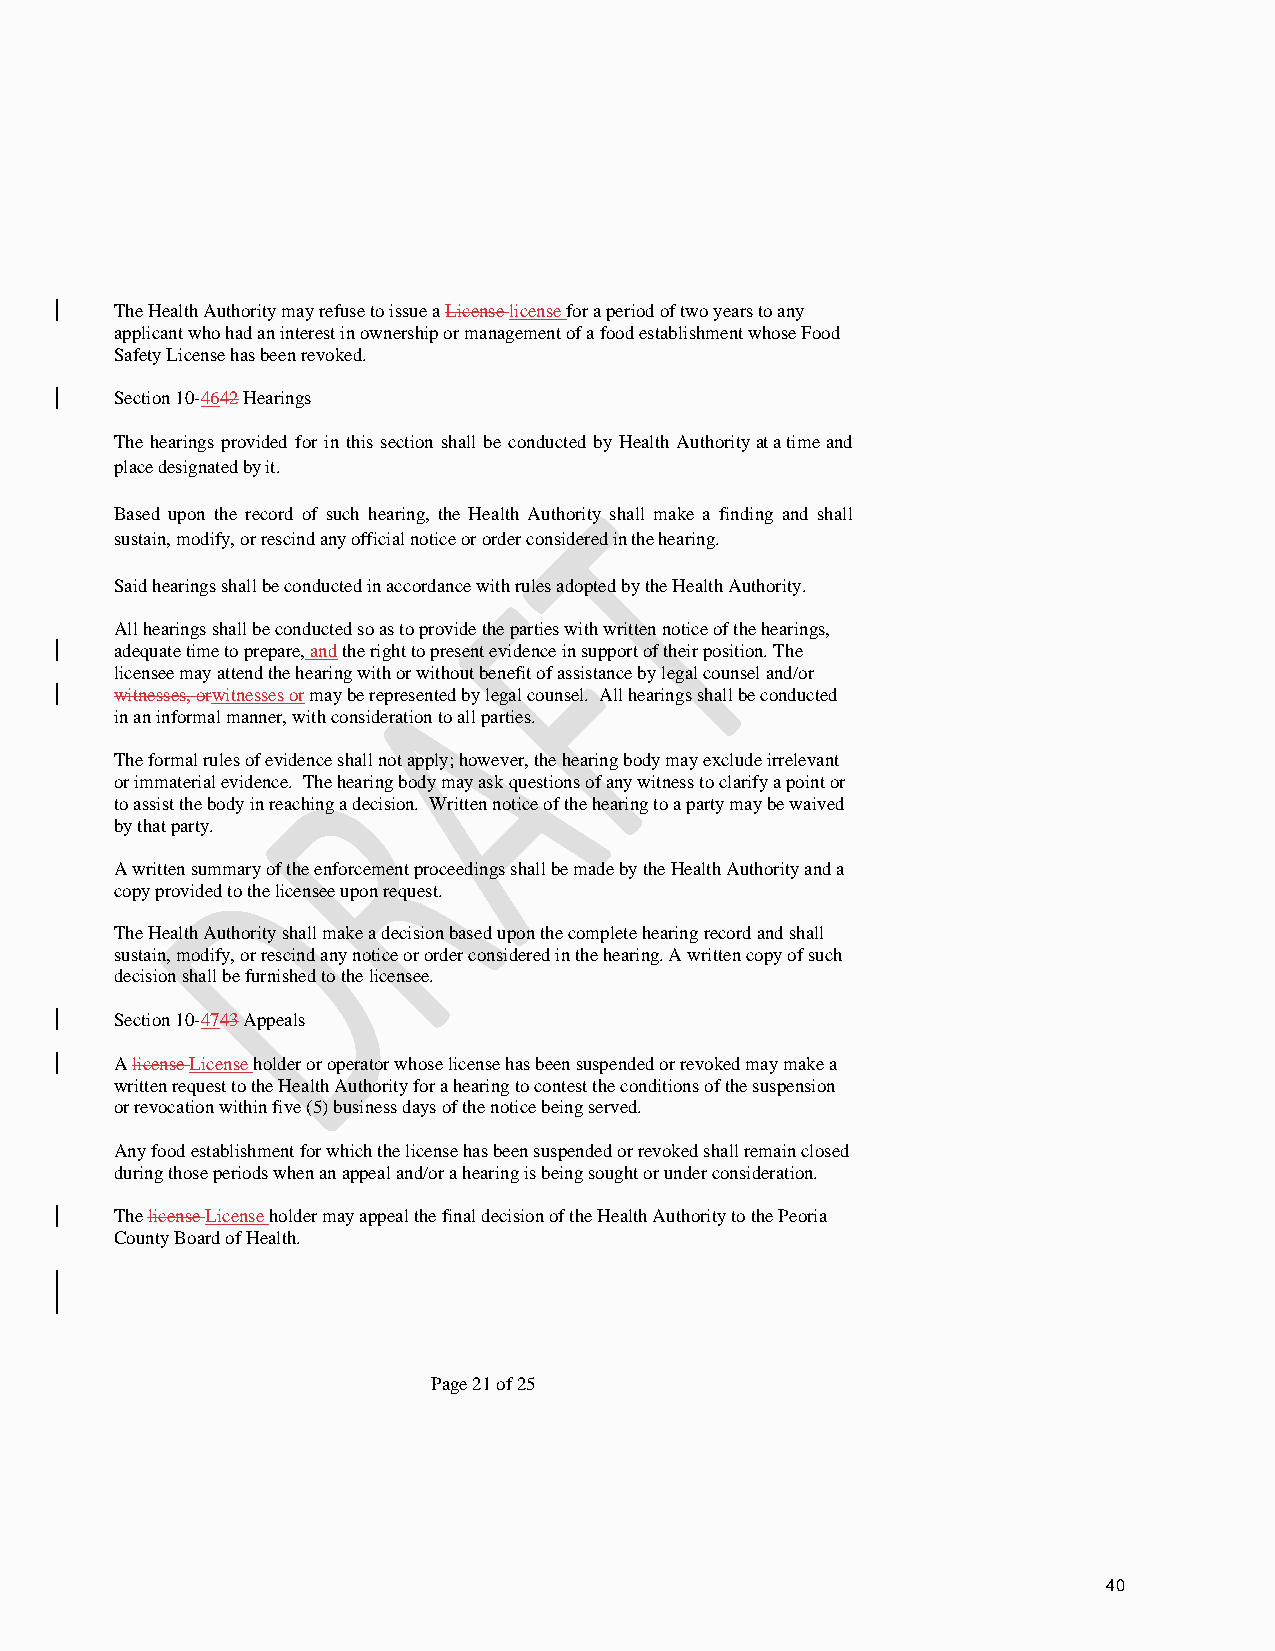
The Health Authority may refuse to issue a License license for a period of two years to any
 applicant who had an interest in ownership or management of a food establishment whose Food
 Safety License has been revoked.
 Section 10-4642 Hearings
 The hearings provided for in this section shall be conducted by Health Authority at a time and
 place designated by it.
 Based upon the record of such hearing, the Health Authority shall make a finding and shall
 sustain, modify, or rescind any official notice or order considered in the hearing.
 Said hearings shall be conducted in accordance with rules adopted by the Health Authority.
 All hearings shall be conducted so as to provide the parties with written notice of the hearings,
 adequate time to prepare, and the right to present evidence in support of their position. The
 licensee may attend the hearing with or without benefit of assistance by legal counsel and/or
 witnesses, orwitnesses or may be represented by legal counsel. All hearings shall be conducted
 in an informal manner, with consideration to all parties.
 The formal rules of evidence shall not apply; however, the hearing body may exclude irrelevant
 or immaterial evidence. The hearing body may ask questions of any witness to clarify a point or
 to assist the body in reaching a decision. Written notice of the hearing to a party may be waived
 by that party.
 A written summary of the enforcement proceedings shall be made by the Health Authority and a
 copy provided to the licensee upon request.
 The Health Authority shall make a decision based upon the complete hearing record and shall
 sustain, modify, or rescind any notice or order considered in the hearing. A written copy of such
 decision shall be furnished to the licensee.
 Section 10-4743 Appeals
 A license License holder or operator whose license has been suspended or revoked may make a
 written request to the Health Authority for a hearing to contest the conditions of the suspension
 or revocation within five (5) business days of the notice being served.
 Any food establishment for which the license has been suspended or revoked shall remain closed
 during those periods when an appeal and/or a hearing is being sought or under consideration.
 The license License holder may appeal the final decision of the Health Authority to the Peoria
 County Board of Health.
 Page 21 of 25
 40